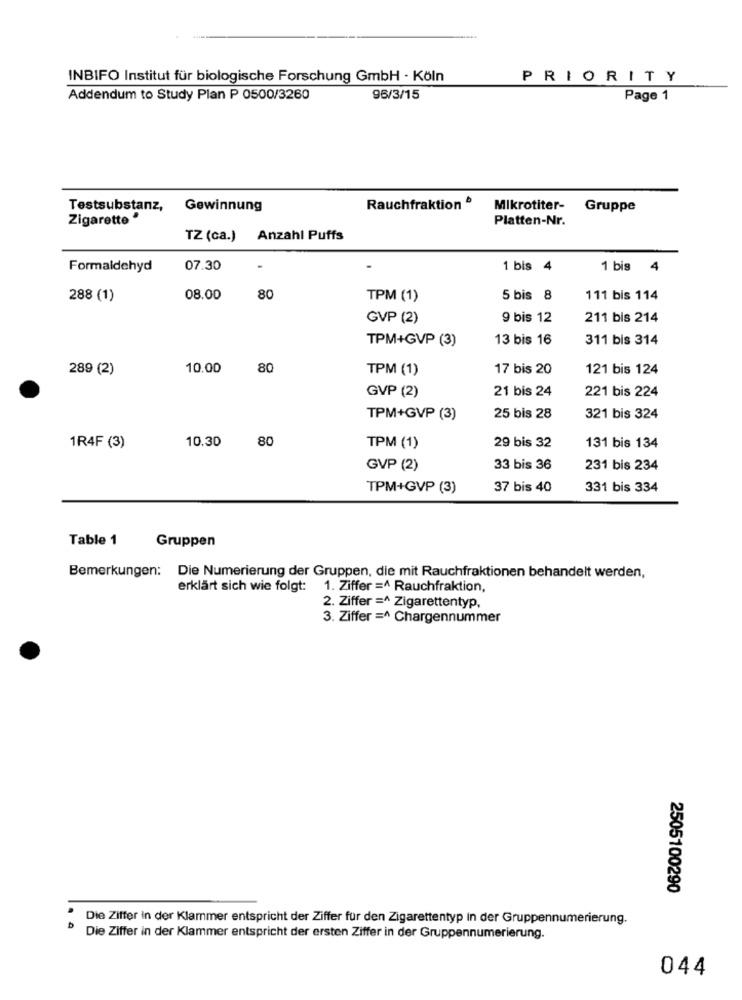
INBIFO Institut für biologische Forschung GmbH - Köln
PRIORITY
Addendum to Study Plan P 0500/3260
96/3/15
Page 1
Testsubstanz,
Gewinnung
Rauchfraktion
Mikrotiter-
Gruppe
Zigarette *
Platten-Nr.
TZ (ca.) Anzahl Puffs
Formaldehyd
07.30
1 bis 4
1 bis 4
288 (1)
08.00
80
TPM (1)
5 bis 8
111 bis 114
GVP (2)
9 bis 12
211 bis 214
TPM+GVP (3)
13 bis 16
311 bis 314
289 (2)
10.00
80
TPM (1)
17 bis 20
121 bis 124
GVP (2)
21 bis 24
221 bis 224
TPM+GVP (3)
25 bis 28
321 bis 324
80
1R4F (3)
10.30
TPM (1)
29 bis 32
131 bis 134
GVP (2)
33 bis 36
231 bis 234
TPM+GVP (3)
37 bis 40
331 bis 334
Table 1
Gruppen
Bemerkungen: Die Numerierung der Gruppen, die mit Rauchfraktionen behandelt werden,
erklärt sich wie folgt: 1. Ziffer =^ Rauchfraktion,
2. Ziffer =^ Zigarettentyp,
3. Ziffer =^ Chargennummer
2505100290
Die Ziffer in der Klammer entspricht der Ziffer für den Zigarettentyp In der Gruppennumerierung.
Die Ziffer in der Klammer entspricht der ersten Ziffer in der Gruppennumerierung.
044